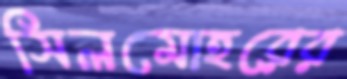
সিলমোহরের